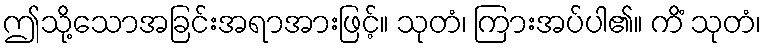
ဤသို့သောအခြင်းအရာအားဖြင့်။ သုတံ၊ ကြားအပ်ပါ၏။ ကိံ သုတံ၊